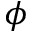
\phi